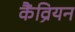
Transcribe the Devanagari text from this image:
कैंव्रियन